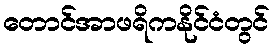
တောင်အာဖရိကနိုင်ငံတွင်